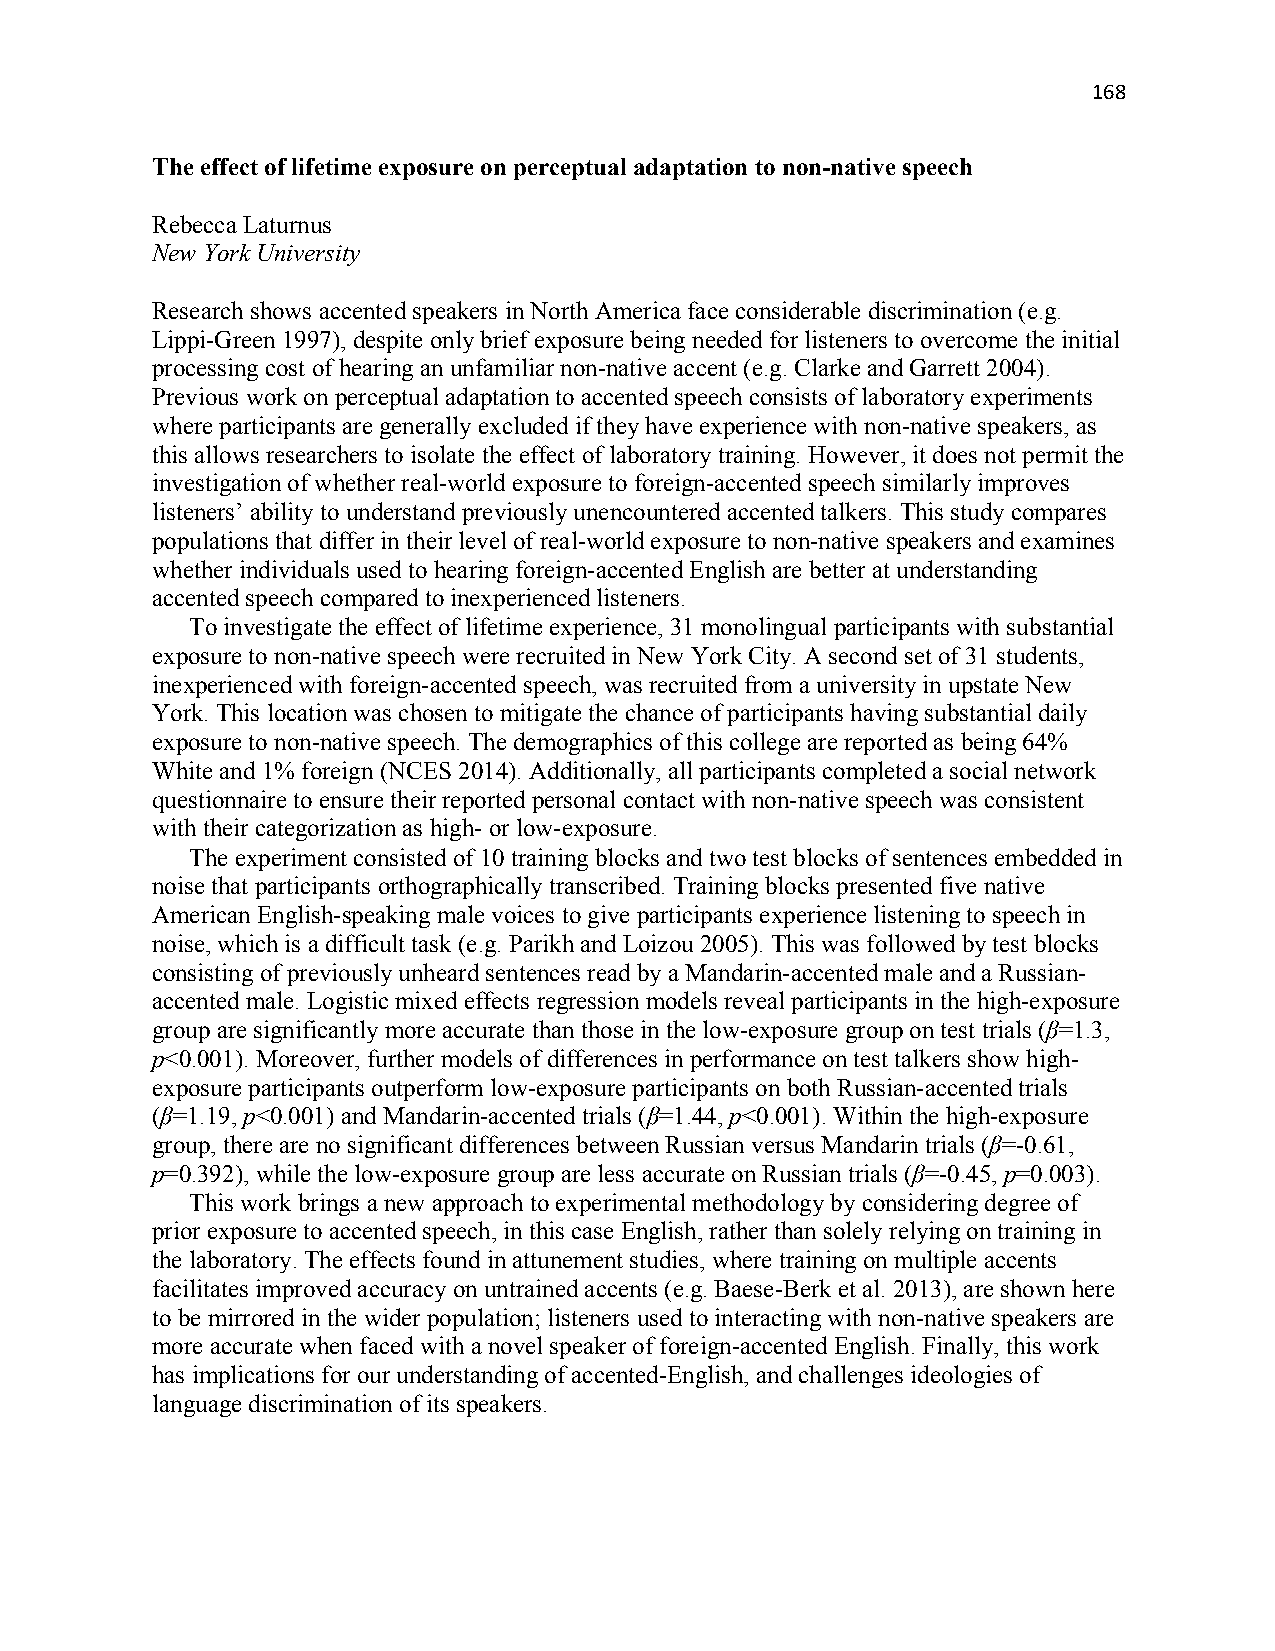
168
 The effect of lifetime exposure on perceptual adaptation to non-native speech
 Rebecca Laturnus
 New York University
 Research shows accented speakers in North America face considerable discrimination (e.g.
 Lippi-Green 1997), despite only brief exposure being needed for listeners to overcome the initial
 processing cost of hearing an unfamiliar non-native accent (e.g. Clarke and Garrett 2004).
 Previous work on perceptual adaptation to accented speech consists of laboratory experiments
 where participants are generally excluded if they have experience with non-native speakers, as
 this allows researchers to isolate the effect of laboratory training. However, it does not permit the
 investigation of whether real-world exposure to foreign-accented speech similarly improves
 listeners’ ability to understand previously unencountered accented talkers. This study compares
 populations that differ in their level of real-world exposure to non-native speakers and examines
 whether individuals used to hearing foreign-accented English are better at understanding
 accented speech compared to inexperienced listeners.
 To investigate the effect of lifetime experience, 31 monolingual participants with substantial
 exposure to non-native speech were recruited in New York City. A second set of 31 students,
 inexperienced with foreign-accented speech, was recruited from a university in upstate New
 York. This location was chosen to mitigate the chance of participants having substantial daily
 exposure to non-native speech. The demographics of this college are reported as being 64%
 White and 1% foreign (NCES 2014). Additionally, all participants completed a social network
 questionnaire to ensure their reported personal contact with non-native speech was consistent
 with their categorization as high- or low-exposure.
 The experiment consisted of 10 training blocks and two test blocks of sentences embedded in
 noise that participants orthographically transcribed. Training blocks presented five native
 American English-speaking male voices to give participants experience listening to speech in
 noise, which is a difficult task (e.g. Parikh and Loizou 2005). This was followed by test blocks
 consisting of previously unheard sentences read by a Mandarin-accented male and a Russian-
 accented male. Logistic mixed effects regression models reveal participants in the high-exposure
 group are significantly more accurate than those in the low-exposure group on test trials (β=1.3,
 p<0.001). Moreover, further models of differences in performance on test talkers show high-
 exposure participants outperform low-exposure participants on both Russian-accented trials
 (β=1.19, p<0.001) and Mandarin-accented trials (β=1.44, p<0.001). Within the high-exposure
 group, there are no significant differences between Russian versus Mandarin trials (β=-0.61,
 p=0.392), while the low-exposure group are less accurate on Russian trials (β=-0.45, p=0.003).
 This work brings a new approach to experimental methodology by considering degree of
 prior exposure to accented speech, in this case English, rather than solely relying on training in
 the laboratory. The effects found in attunement studies, where training on multiple accents
 facilitates improved accuracy on untrained accents (e.g. Baese-Berk et al. 2013), are shown here
 to be mirrored in the wider population; listeners used to interacting with non-native speakers are
 more accurate when faced with a novel speaker of foreign-accented English. Finally, this work
 has implications for our understanding of accented-English, and challenges ideologies of
 language discrimination of its speakers.